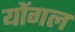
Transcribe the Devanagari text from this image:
योंगल